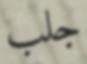
جلب